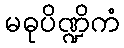
မဓုပိဏ္ဍိကံ